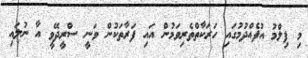
މި ފިލްމު އުފެއްދުމުގައި ހަރަކާތްތެރިވަމުން އައި ފަރާތަކުން ވަނީ ސްރީދޭވީ އާ ނުލައި